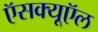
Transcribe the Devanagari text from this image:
ऍसक्यूऍल